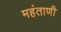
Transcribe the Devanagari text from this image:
महंताणी